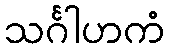
သင်္ဂါဟကံ